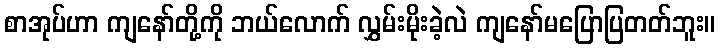
စာအုပ်ဟာ ကျနော်တို့ကို ဘယ်လောက် လွှမ်းမိုးခဲ့လဲ ကျနော်မပြောပြတတ်ဘူး။